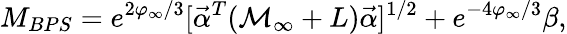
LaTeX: M_{BPS}=e^{2\varphi_{\infty}/3}[{\vec{\alpha}}^{T}({\cal M}_{\infty}+{L}){\vec{\alpha}}]^{1/2}+e^{-4\varphi_{\infty}/3}\beta,